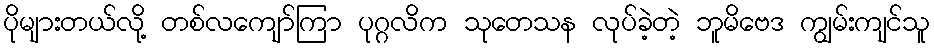
ပိုများတယ်လို့ တစ်လကျော်ကြာ ပုဂ္ဂလိက သုတေသန လုပ်ခဲ့တဲ့ ဘူမိဗေဒ ကျွမ်းကျင်သူ